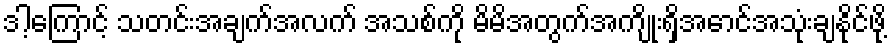
ဒါ့ကြောင့် သတင်းအချက်အလက် အသစ်ကို မိမိအတွက်အကျိုးရှိအောင်အသုံးချနိုင်ဖို့